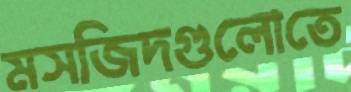
মসজিদগুলোতে